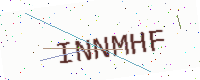
Text: INNMHF